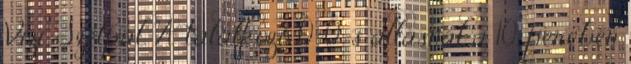
Vizi, Szélpál. A találkozó 0–0-s állásnál a 10. percben